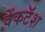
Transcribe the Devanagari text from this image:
वेंकटॅश